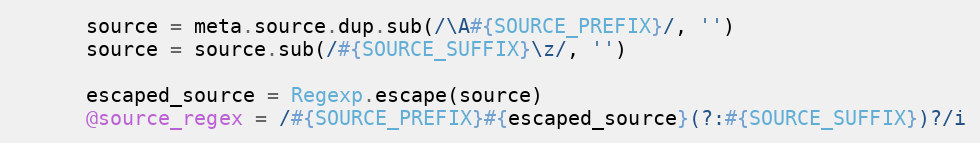
Language: Ruby
      source = meta.source.dup.sub(/\A#{SOURCE_PREFIX}/, '')
      source = source.sub(/#{SOURCE_SUFFIX}\z/, '')

      escaped_source = Regexp.escape(source)
      @source_regex = /#{SOURCE_PREFIX}#{escaped_source}(?:#{SOURCE_SUFFIX})?/i